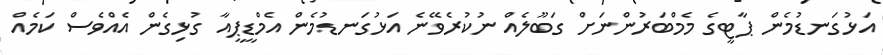
އަޅުގަނޑުމެން ޕާޓީގެ މެމްބަރުންނަށް ގަބޫލެއް ނުކުރެވޭނެ އަޅުގަނޑުމެން އެމްޑީޕީއާ ގުޅިގެން އެއްވެސް ކަމެއް